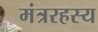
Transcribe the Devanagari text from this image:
मंत्ररहस्य